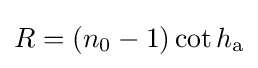
R=(n_{0}-1)\cot h_{\mathrm {a} }